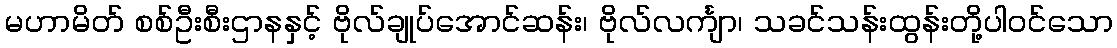
မဟာမိတ် စစ်ဦးစီးဌာနနှင့် ဗိုလ်ချုပ်အောင်ဆန်း၊ ဗိုလ်လင်္ကျာ၊ သခင်သန်းထွန်းတို့ပါဝင်သော